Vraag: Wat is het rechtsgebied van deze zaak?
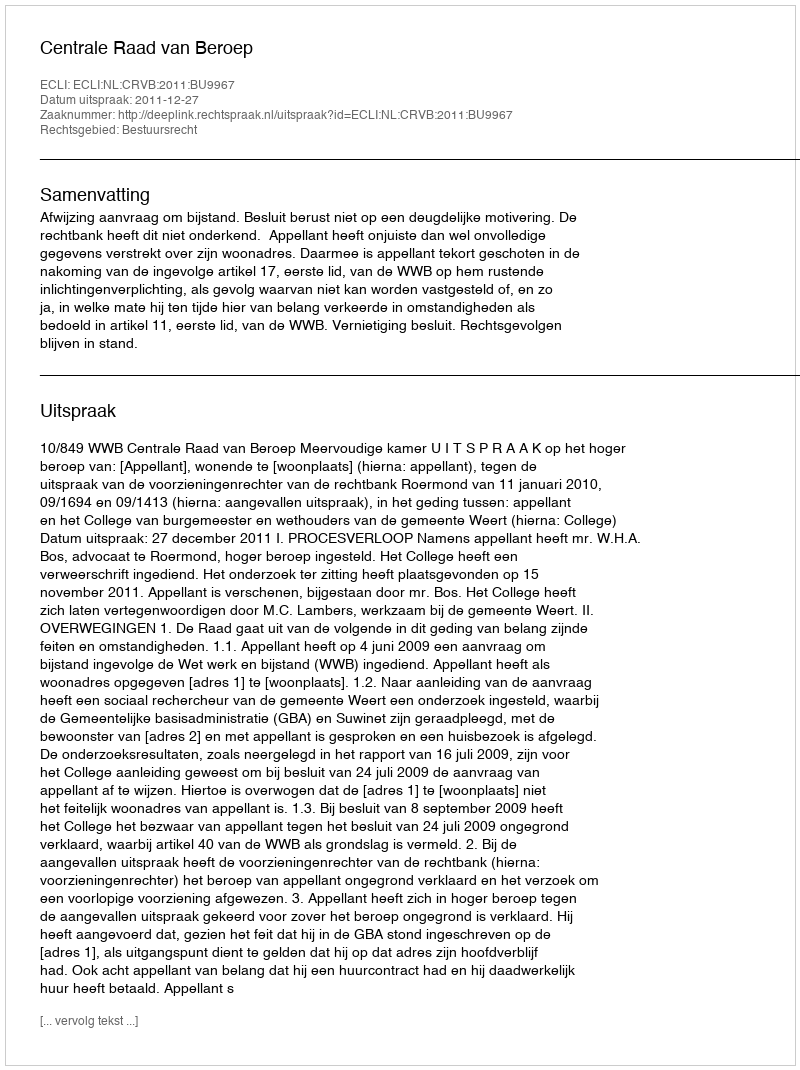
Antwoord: Bestuursrecht